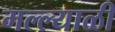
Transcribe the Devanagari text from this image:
मल्ल्याळी